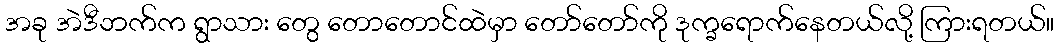
အခု အဲဒီဘက်က ရွာသား တွေ တောတောင်ထဲမှာ တော်တော်ကို ဒုက္ခရောက်နေတယ်လို့ ကြားရတယ်။